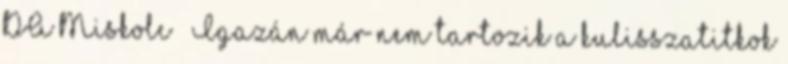
DA Miskolc – Igazán már nem tartozik a kulisszatitkok